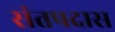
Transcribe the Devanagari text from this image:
संतपदास